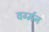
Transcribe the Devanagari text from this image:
वर्ग्मन